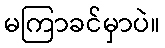
မကြာခင်မှာပဲ။